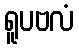
ရူပဗလံ